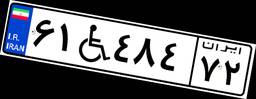
۶۱W۴۸۴۷۲